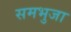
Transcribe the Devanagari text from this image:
समभुजा